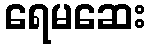
ရေမဆေး